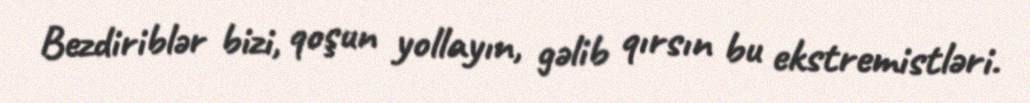
Bezdiriblər bizi, qoşun yollayın, gəlib qırsın bu ekstremistləri.